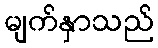
မျက်နှာသည်